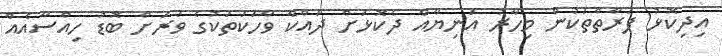
އިދިކޮޅު ފަރާތްތަކުން މިހާރު އަނިޔާއާ ދެކޮޅަށް ދައްކާ ވާހަކަތަކުގެ ވަރަށް ބޮޑު ހިއްސާއެއް